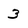
Character: 3